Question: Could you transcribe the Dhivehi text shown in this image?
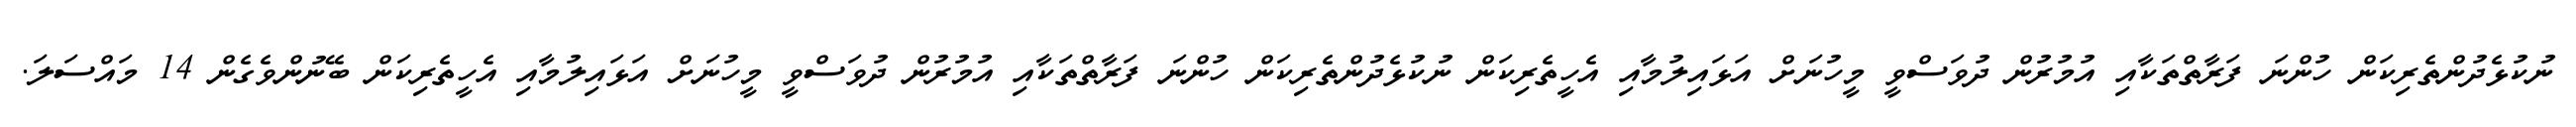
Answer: ނުކުޅެދުންތެރިކަން ހުންނަ ފަރާތްތަކާއި އުމުރުން ދުވަސްވީ މީހުނަށް އަޅައިލުމާއި އެހީތެރިކަން ނުކުޅެދުންތެރިކަން ހުންނަ ފަރާތްތަކާއި އުމުރުން ދުވަސްވީ މީހުނަށް އަޅައިލުމާއި އެހީތެރިކަން ބޭނުންވެގެން 14 މައްސަލަ.